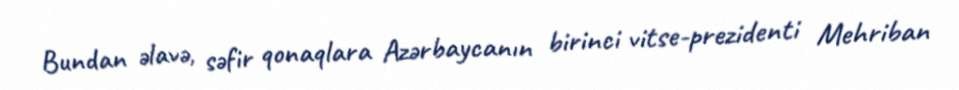
Bundan əlavə, səfir qonaqlara Azərbaycanın birinci vitse-prezidenti Mehriban